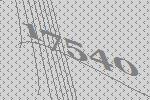
17540